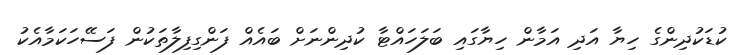
ކުޑަކުދިންގެ ހިޔާ އަދި އަމާން ހިޔާގައި ބަލަހައްޓާ ކުދިންނަށް ބައެއް ފަންގިފިލާތަކުން ފަސޭހަކަމާއެކު